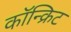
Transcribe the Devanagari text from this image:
कॉन्‍क्रिट